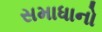
સમાધાનો